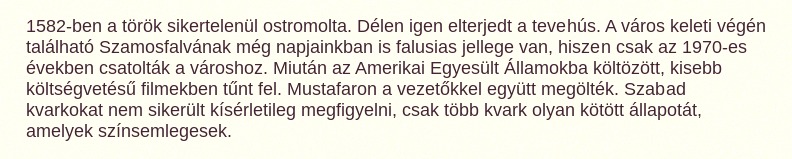
1582-ben a török sikertelenül ostromolta. Délen igen elterjedt a tevehús. A város keleti végén található Szamosfalvának még napjainkban is falusias jellege van, hiszen csak az 1970-es években csatolták a városhoz. Miután az Amerikai Egyesült Államokba költözött, kisebb költségvetésű filmekben tűnt fel. Mustafaron a vezetőkkel együtt megölték. Szabad kvarkokat nem sikerült kísérletileg megfigyelni, csak több kvark olyan kötött állapotát, amelyek színsemlegesek.